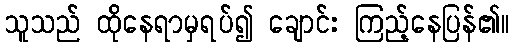
သူသည် ထိုနေရာမှရပ်၍ ချောင်း ကြည့်နေပြန်၏။